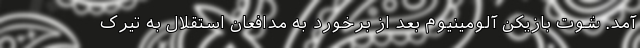
آمد. شوت بازیکن آلومینیوم بعد از برخورد به مدافعان استقلال به تیرک